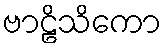
ဗာဠိသိကော